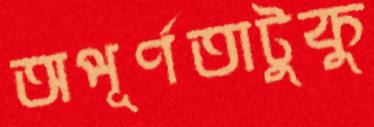
অপূর্ণতাটুকু